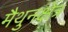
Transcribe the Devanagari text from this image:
मैथुनक्षेत्र